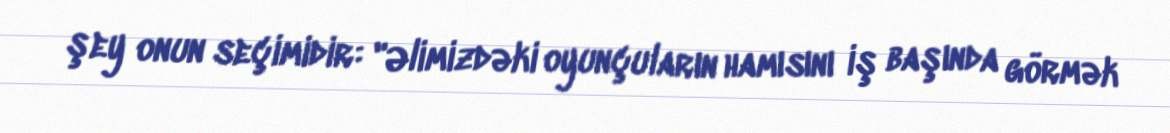
şey onun seçimidir: "Əlimizdəki oyunçuların hamısını iş başında görmək